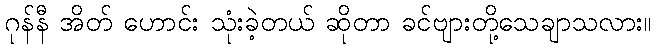
ဂုန်နီ အိတ် ဟောင်း သုံးခဲ့တယ် ဆိုတာ ခင်ဗျားတို့သေချာသလား။